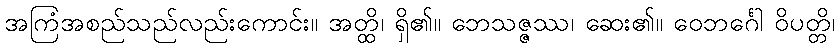
အကြံအစည်သည်လည်းကောင်း။ အတ္ထိ၊ ရှိ၏။ ဘေသဇ္ဇဿ၊ ဆေး၏။ ဝေဘင်္ဂေါ ဝိပတ္တိ၊